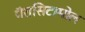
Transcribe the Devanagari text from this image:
पॅरासिटामोल